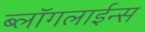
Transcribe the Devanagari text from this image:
ब्लॉगलाईन्स